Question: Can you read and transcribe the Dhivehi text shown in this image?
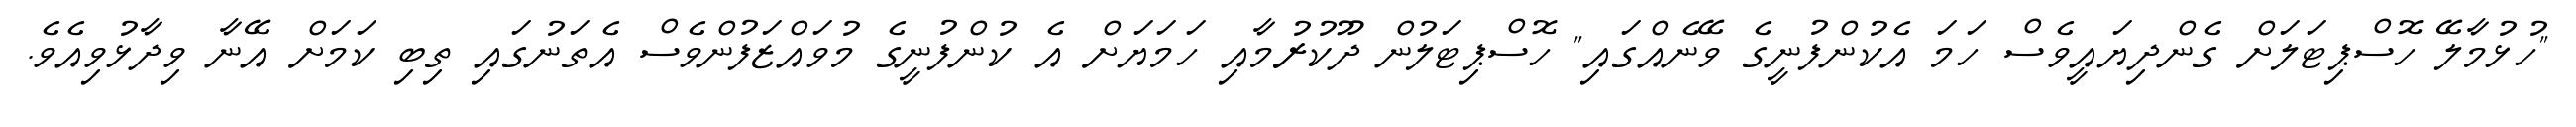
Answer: "ހުޅުމާލޭ ހޮސްޕިޓަލަށް ގެންދިޔައީވެސް ހަމަ އެކުންފުނީގެ ވޭނެއްގައި" ހޮސްޕިޓަލުން ދޫކުރުމާއި ހަމަޔަށް އެ ކުންފުނީގެ މުވައްޒަފުންވެސް އެތަނުގައި ތިބި ކަމަށް އޭނާ ވިދާޅުވިއެވެ.